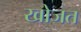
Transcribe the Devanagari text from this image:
खोजत